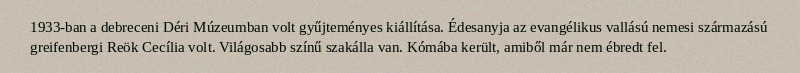
1933-ban a debreceni Déri Múzeumban volt gyűjteményes kiállítása. Édesanyja az evangélikus vallású nemesi származású greifenbergi Reök Cecília volt. Világosabb színű szakálla van. Kómába került, amiből már nem ébredt fel.